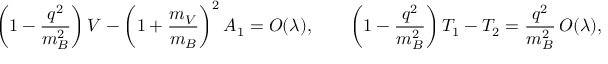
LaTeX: \left( 1 - \frac { q ^ { 2 } } { m _ { B } ^ { 2 } } \right) V - \left( 1 + \frac { m _ { V } } { m _ { B } } \right) ^ { 2 } A _ { 1 } = { \cal O } ( \lambda ) , \qquad \left( 1 - \frac { q ^ { 2 } } { m _ { B } ^ { 2 } } \right) T _ { 1 } - T _ { 2 } = \frac { q ^ { 2 } } { m _ { B } ^ { 2 } } \, { \cal O } ( \lambda ) ,